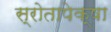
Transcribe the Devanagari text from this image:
स्रोतापेक्षा